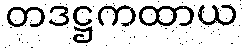
တဒဋ္ဌကထာယ